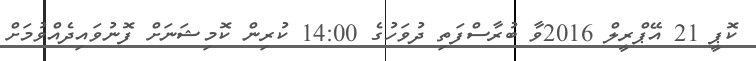
ކޮޕީ 21 އޭޕްރީލް 2016ވާ ބުރާސްފަތި ދުވަހުގެ 14:00 ކުރިން ކޮމިޝަނަށް ފޮނުވައިދެއްވުމަށް